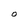
Character: O